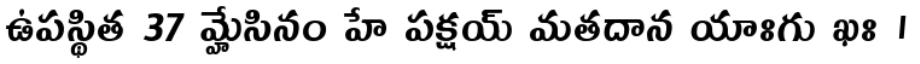
ఉపస్థిత 37 మ్హేసినం హే పక్షయ్ మతదాన యాఃగు ఖః ।